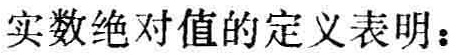
实数绝对值的定义表明：